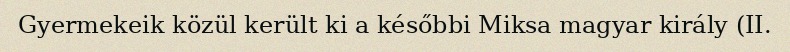
Gyermekeik közül került ki a későbbi Miksa magyar király (II.